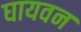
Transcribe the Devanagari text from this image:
घायवन